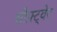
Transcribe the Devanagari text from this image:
सौफ़्ट्वेर